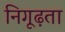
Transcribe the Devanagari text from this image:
निगूढ़ता